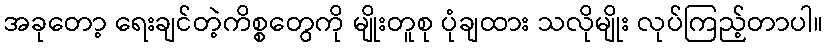
အခုတော့ ရေးချင်တဲ့ကိစ္စတွေကို မျိုးတူစု ပုံချထား သလိုမျိုး လုပ်ကြည့်တာပါ။